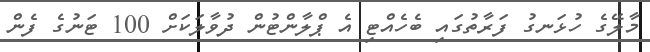
މާލޭގެ ހުޅަނގު ފަރާތުގައި ބެހެއްޓި އެ ޕްލާންޓުން ދުވާލަކަށް 100 ޓަނުގެ ފެން